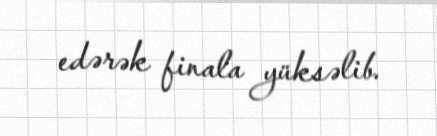
edərək finala yüksəlib.